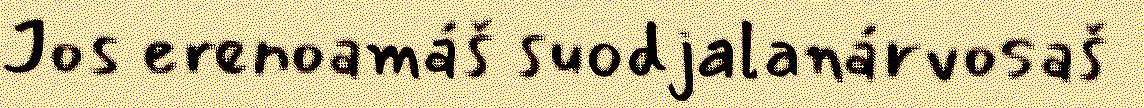
Jos erenoamáš suodjalanárvosaš